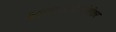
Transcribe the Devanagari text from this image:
बाळासाहेबांनंतर